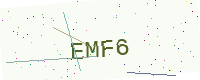
Text: EMF6